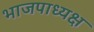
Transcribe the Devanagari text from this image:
भाजपाध्यक्ष